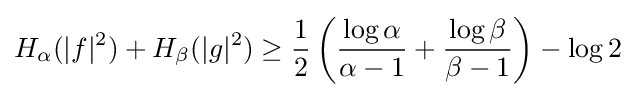
H_{\alpha }(|f|^{2})+H_{\beta }(|g|^{2})\geq {\frac {1}{2}}\left({\frac {\log \alpha }{\alpha -1}}+{\frac {\log \beta }{\beta -1}}\right)-\log 2